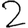
Digit: 2